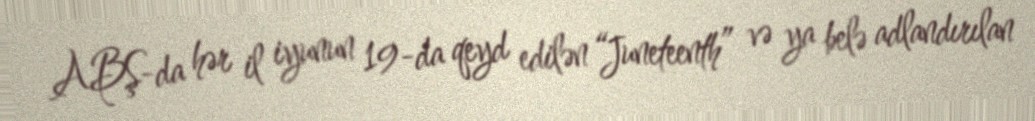
ABŞ-da hər il iyunun 19-da qeyd edilən “Juneteenth” və ya belə adlandırılan